Lunatic asylums Madras 1892-1911 - 1892-1911
Year: 1892
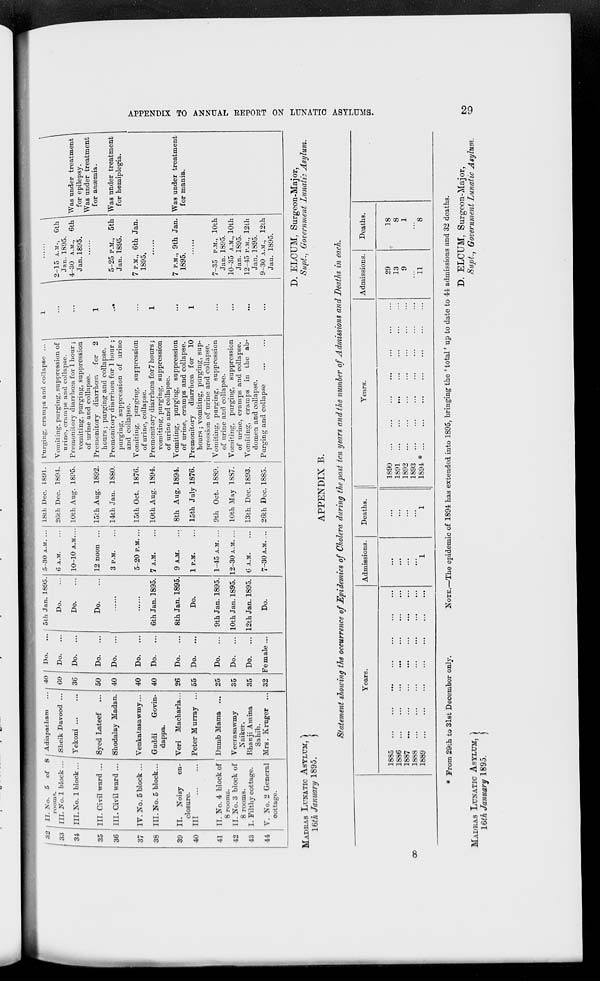
APPENDIX TO ANNUAL REPORT ON LUNATIC ASYLUMS.
29
32
33
34
35
36
37
38
39
40
41
42
43
44
II. No. 5 of
8
rooms.
III. No. 1 block ...
III. No. 1 block ...
III. Civil ward ...
III. Civil ward ...
IV. No. 5 block ...
III. No. 5 block ...
II.
Noisy
en-
closure.
III
...
...
II. No. 4 block of
8 rooms.
11. No. 3 block of
8 rooms.
I. Filthy cottage.
V. No. 2 General
cottage.
Adiapatham ...
Sheik Davood ...
Yekoni ... ...
Syed Lateef ...
Shodalay Madan.
Venkatasawmy ...
Gnddi
Govin-
dappa.
Veri
Macharla...
Peter Murray ...
Dumb Mama
...
Veerasawmy
Naiker.
Bhanji Amina
Sahib.
Mrs. Kruger
...
40
60
36
50
40
40
40
26
55
25
35
35
32
Do. ...
Do. ...
Do.
...
Do.
...
Do.
...
Do.
...
Do. ...
Do.
...
Do. ...
Do.
...
Do.
...
Do.
...
Female ...
5th Jan. 1895.
Do. ...
Do. ...
Do. ...
......
......
6th Jan. 1895.
8th Jan. 1895.
Do.
9th Jan. 1895.
10th Jan. 1895.
12th Jan. 1895.
Do.
5—30 A.M. ...
6 A.M. ...
10—10 A.M. ...
12 noon ...
3 P.M. ...
5—20 P.M. ...
7 A.M. ...
9 A.M. ...
1 P.M. ...
1—45 A.M. ...
12—30 A.M. ...
6 A.M. ...
7—30 A.M. ...
18th Dec.
26th Dec.
10th Aug.
15th Aug.
14th Jan.
15th Oct.
10th Aug.
8th Aug.
15th July
9th Oct.
10th May
13th Dec.
26th Dec.
1891.
1894.
1895.
1892.
1880.
1876.
1894.
1894.
1876.
1889.
1887.
1893.
1885.
Purging, cramps and collapse ...
Vomiting, purging, suppression of
urine, cramps and collapse.
Premonitory diarrhœa for 1 hour ;
vomiting, purging, suppression
of urine and collapse.
Premonitory diarrhœn
for
2
hours ; purging and collapse.
Premonitory diarrhœa for 1 hour ;
purging, suppression of urine
and collapse.
Vomiting, purging, suppression
of urine, collapse.
Premonitory diarrhœa for7 hours;
vomiting, purging, suppression
of urine and collapse.
Vomiting, purging, suppression
of urine, cramps and collapse.
Premonitory
diarrhœa for
10
hours ; vomiting, purging, sup-
pression of urine and collapse.
Vomiting, purging,
suppression
of urine and collapse.
Vomiting, purging, suppression
of urine, cramps and collapse.
Vomiting, cramps in the ab-
domen and collapse.
Purging and collapse ... ...
1
...
...
1
...
...
1
...
1
...
...
...
...
2—15 A.M., 6th
Jan. 1895.
4—30 A.M., 6th
Jan. 1895. ......
5—25 P.M., 5th
Jan. 1895.
7 P.M., 6th Jan.
1895.
......
7 P.M., 9th Jan.
1895.
......
7—35 P.M., 10th
Jan. 1895.
10—35 A.M., 10th
Jan. 1895.
12—45 P.M., 12th
Jan. 1895.
9—30 A.M., 12th
Jan. 1895.
Was under treatment
for epilepsy.
Was under treatment
for anæmia.
Was under treatment
for hemiplegia.
Was under treatment
for mania.
MADRAS LUNATIC ASYLUM,
16th January 1895.
D. ELCUM, Surgeon-Major,
Supt., Government Lunatic Asylum.
APPENDIX B.
Statement showing the occurrence of Epidemics of Cholera during the past ten years and the number of Admissions and Deaths in each.
Years.
1885
...
...
...
...
...
...
...
1886
...
...
...
...
...
...
...
1887
...
...
...
...
...
...
...
1888
...
...
...
...
...
...
...
1889 ... ... ... ... ... ... ...
Admissions.
...
...
...
...
1
Deaths.
...
...
...
...
1
Years.
1890
...
...
...
...
...
...
...
1891
...
...
...
...
...
...
...
1892
...
...
...
...
...
...
...
1893
...
...
...
...
...
...
...
1894 *
...
...
...
...
...
...
...
Admissions.
29
13
9
...
11
Deaths.
18
8
1
...
8
* From 29th to 31st December only.
NOTE.—The epidemic of 1894 has extended into 1895, bringing the ' total' up to date to 44 admissions and 32 deaths.
D. ELCUM, Surgeon-Major,
Supt., Government Lunatic Asylum.
MADRAS LUNATIC ASYLUM,
16th January 1895.
8